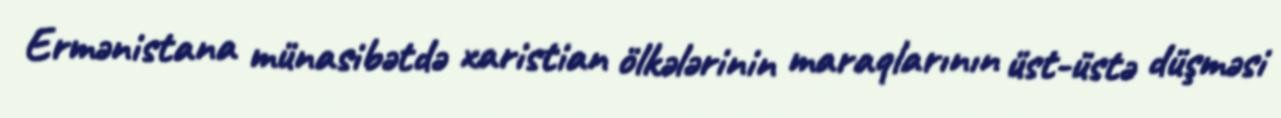
Ermənistana münasibətdə xaristian ölkələrinin maraqlarının üst-üstə düşməsi